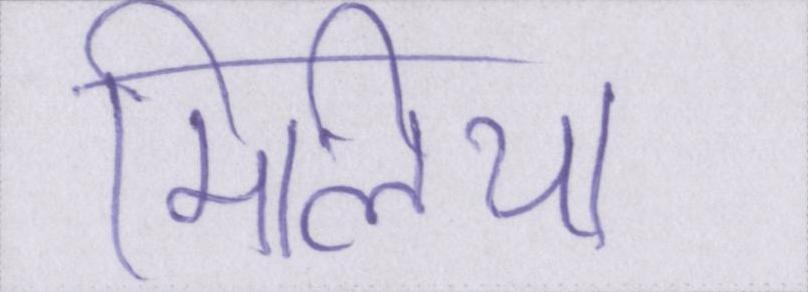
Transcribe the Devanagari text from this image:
मिलिया